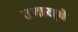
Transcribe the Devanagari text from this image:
उभारा्वे